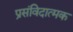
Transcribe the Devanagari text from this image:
प्रसंविदात्मक